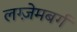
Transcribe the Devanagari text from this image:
लग्ज़ेमबर्ग